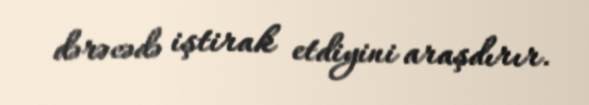
dərəcədə iştirak etdiyini araşdırır.